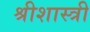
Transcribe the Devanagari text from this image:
श्रीशास्त्री